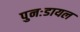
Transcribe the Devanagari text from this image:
पुनःडायल